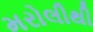
મરોલીથી